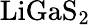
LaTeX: \mathrm{LiGaS_{2}}